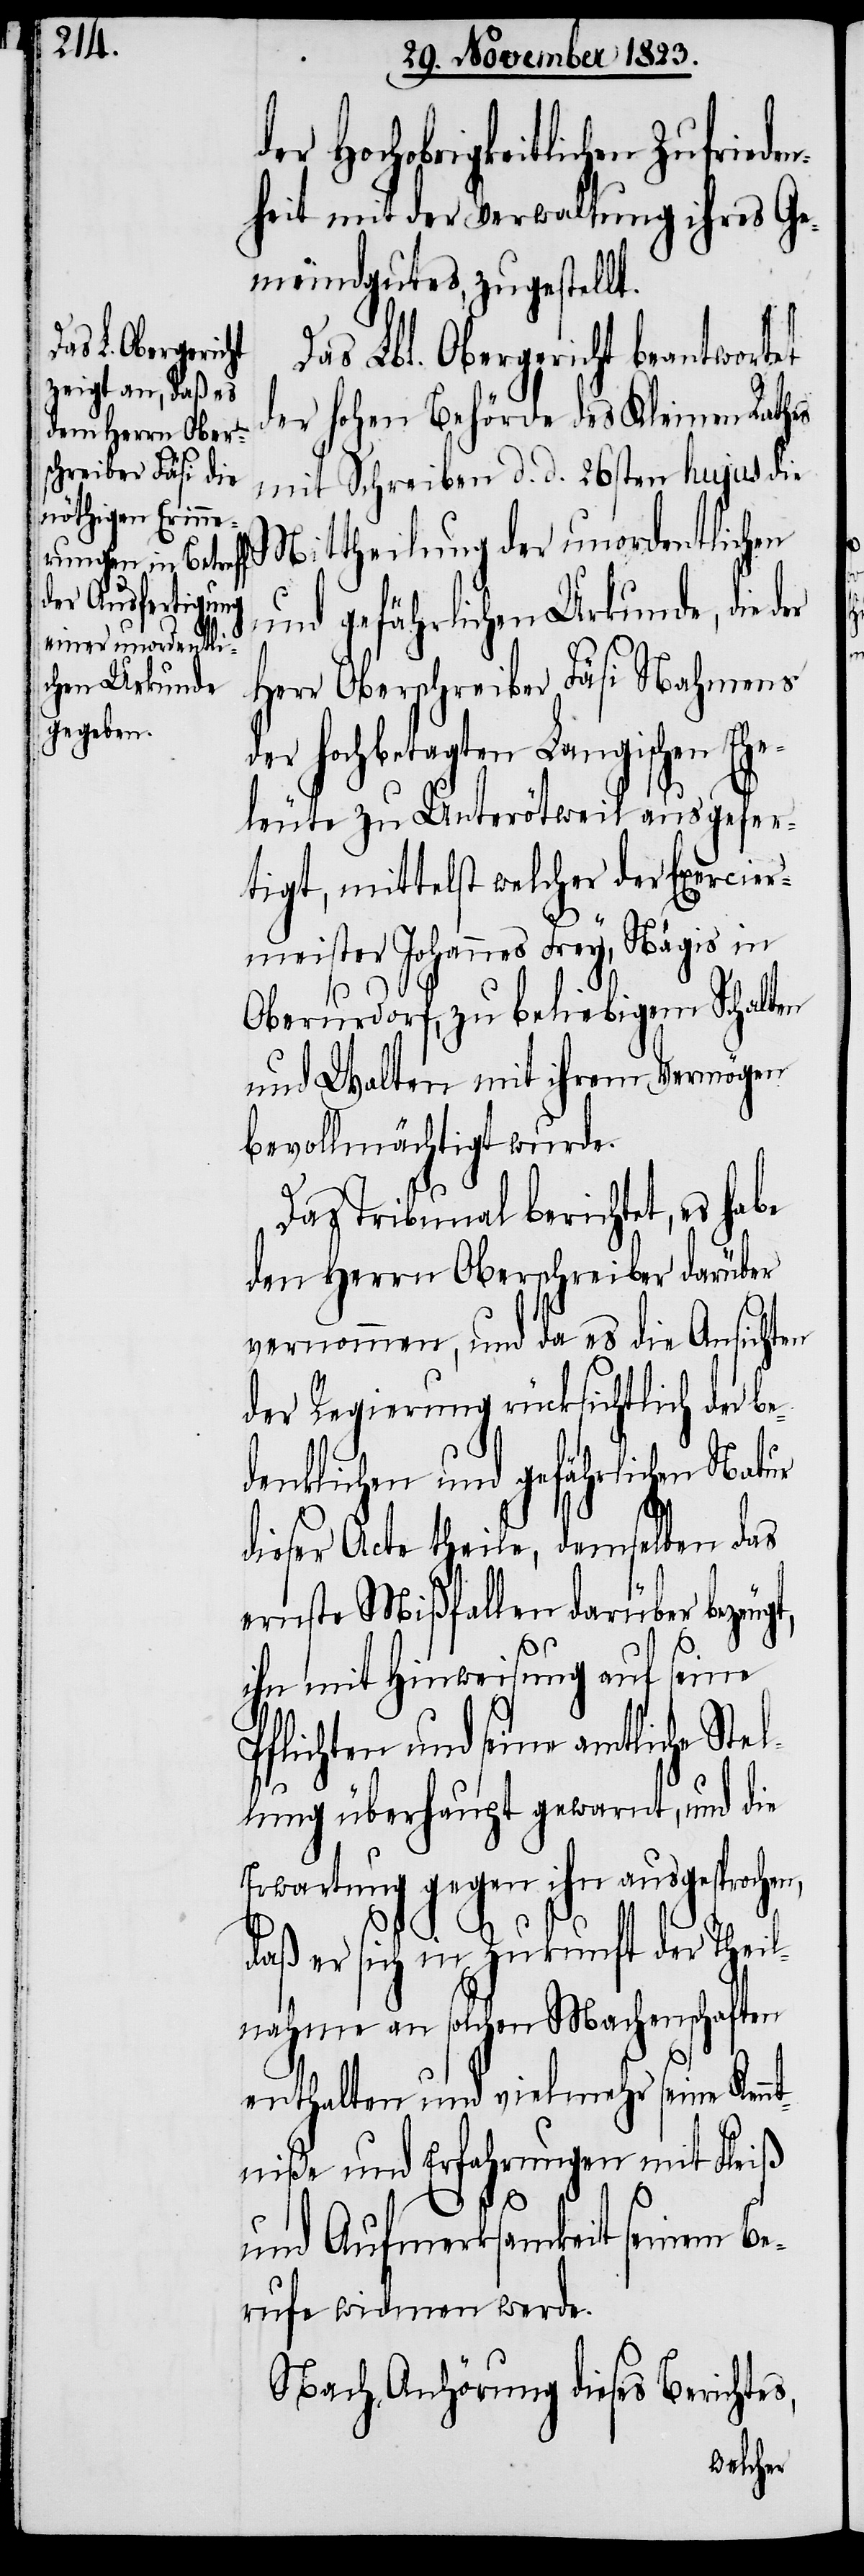
der Hochobrigkeitlichen Zufrie¬
heit mit der Verwaltung ihres Ge¬
meindgutes, zugestellt.
Das Lbl. Obergericht beantwortet
der hohen Behörde des Kleinen Rathes
mit Schreiben d. d. 26sten hujus die
Mittheilung der unordentlichen
und gefährlichen Urkunde, die der
Herr Oberschreiber Fäsi Nahmens
der hochbetagten Langischen Ehe¬
leute zu Unterötweil ausgefer¬
tigt, mittelst welcher der Exercier¬
meister Johannes Frey, Nägis in
Oberurdorf, zu beliebigem Schalten
und Walten mit ihrem Vermögen
bevollmächtigt wurde.
Das Tribunal berichtet, es habe
den Herrn Oberschreiber darüber
vernommen, und da es die Ansichten
der Regierung rücksichtlich der be¬
denklichen und gefährlichen Natur
dieser Acte theile, demselben das
ernste Mißfallen darüber bezeug¬
ihn mit Hinweisung auf seine
Pflichten und seine amtliche Ste¬
llung überhaupt gewarnt, und die
Erwartung gegen ihn ausgesprochen,
t,
daß er sich in Zukunft der Theil¬
nahme an solchen Machenschaften
enthalten und vielmehr mit Fleiß
und Aufmerksamkeit seinem Be¬
rufe widmen werde.
Nach Anhörung dieses Berichtes,